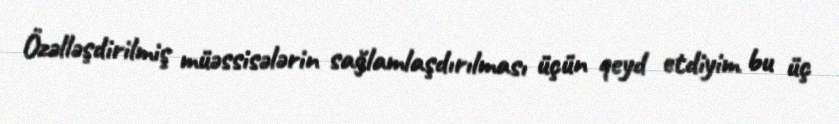
Özəlləşdirilmiş müəssisələrin sağlamlaşdırılması üçün qeyd etdiyim bu üç